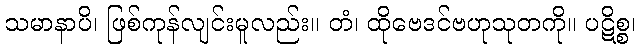
သမာနာပိ၊ ဖြစ်ကုန်လျင်းမူလည်း။ တံ၊ ထိုဗေဒင်ဗဟုသုတကို။ ပဋိစ္စ၊